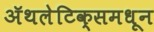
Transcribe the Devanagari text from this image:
ॲथलेटिक्समधून